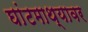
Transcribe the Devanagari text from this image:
घांटमाथ्यावर